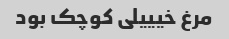
مرغ خیییلی کوچک بود